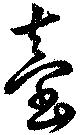
台